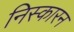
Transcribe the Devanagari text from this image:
निस्कारन